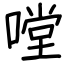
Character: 嘡